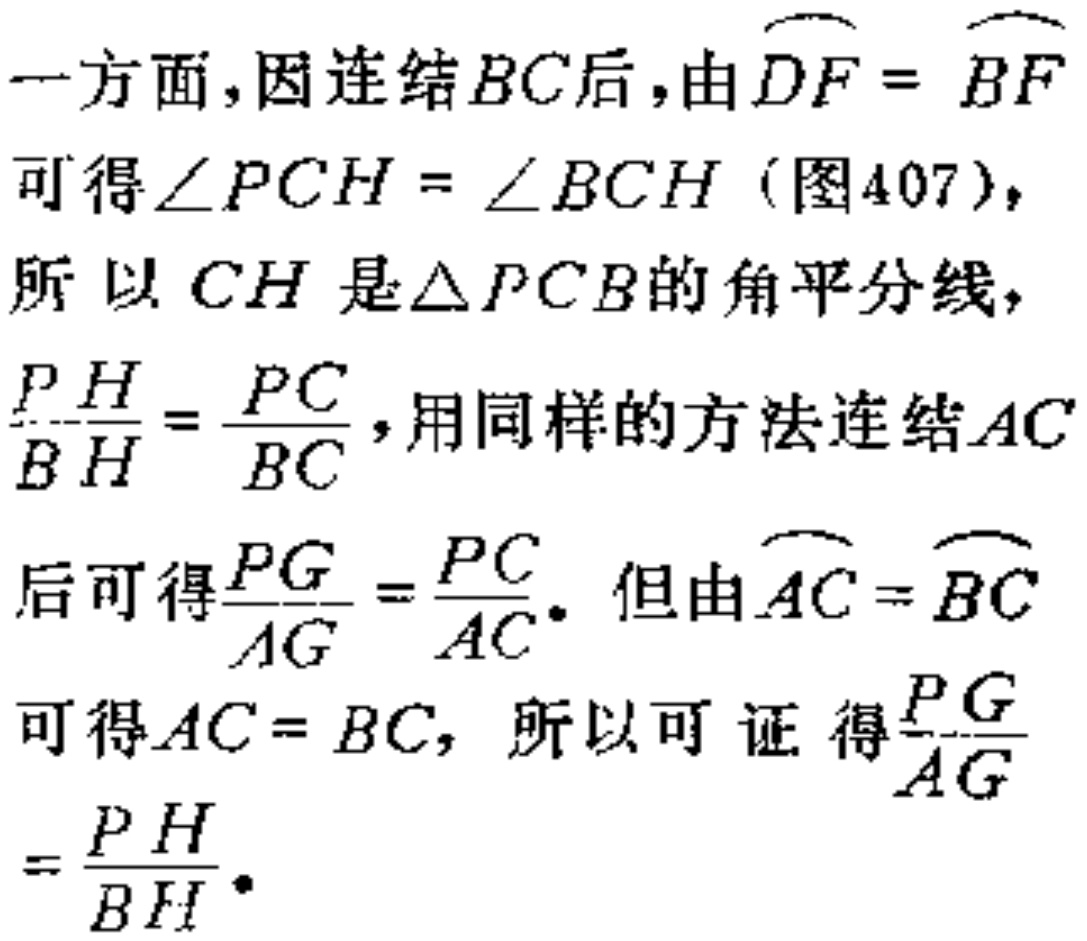
一方面，因连结$BC$后，由$\overset{\frown}{DF}=\overset{\frown}{BF}$可得$\angle PCH = \angle BCH$（图407），所以$CH$是$\triangle PCB$的角平分线，$\frac{PH}{BH}=\frac{PC}{BC}$，用同样的方法连结$AC$后可得$\frac{PG}{AG}=\frac{PC}{AC}$。但由$\overset{\frown}{AC}=\overset{\frown}{BC}$可得$AC = BC$，所以可证得$\frac{PG}{AG}=\frac{PH}{BH}$。